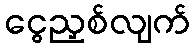
ငွေညှစ်လျက်